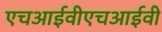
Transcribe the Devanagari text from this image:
एचआईवीएचआईवी